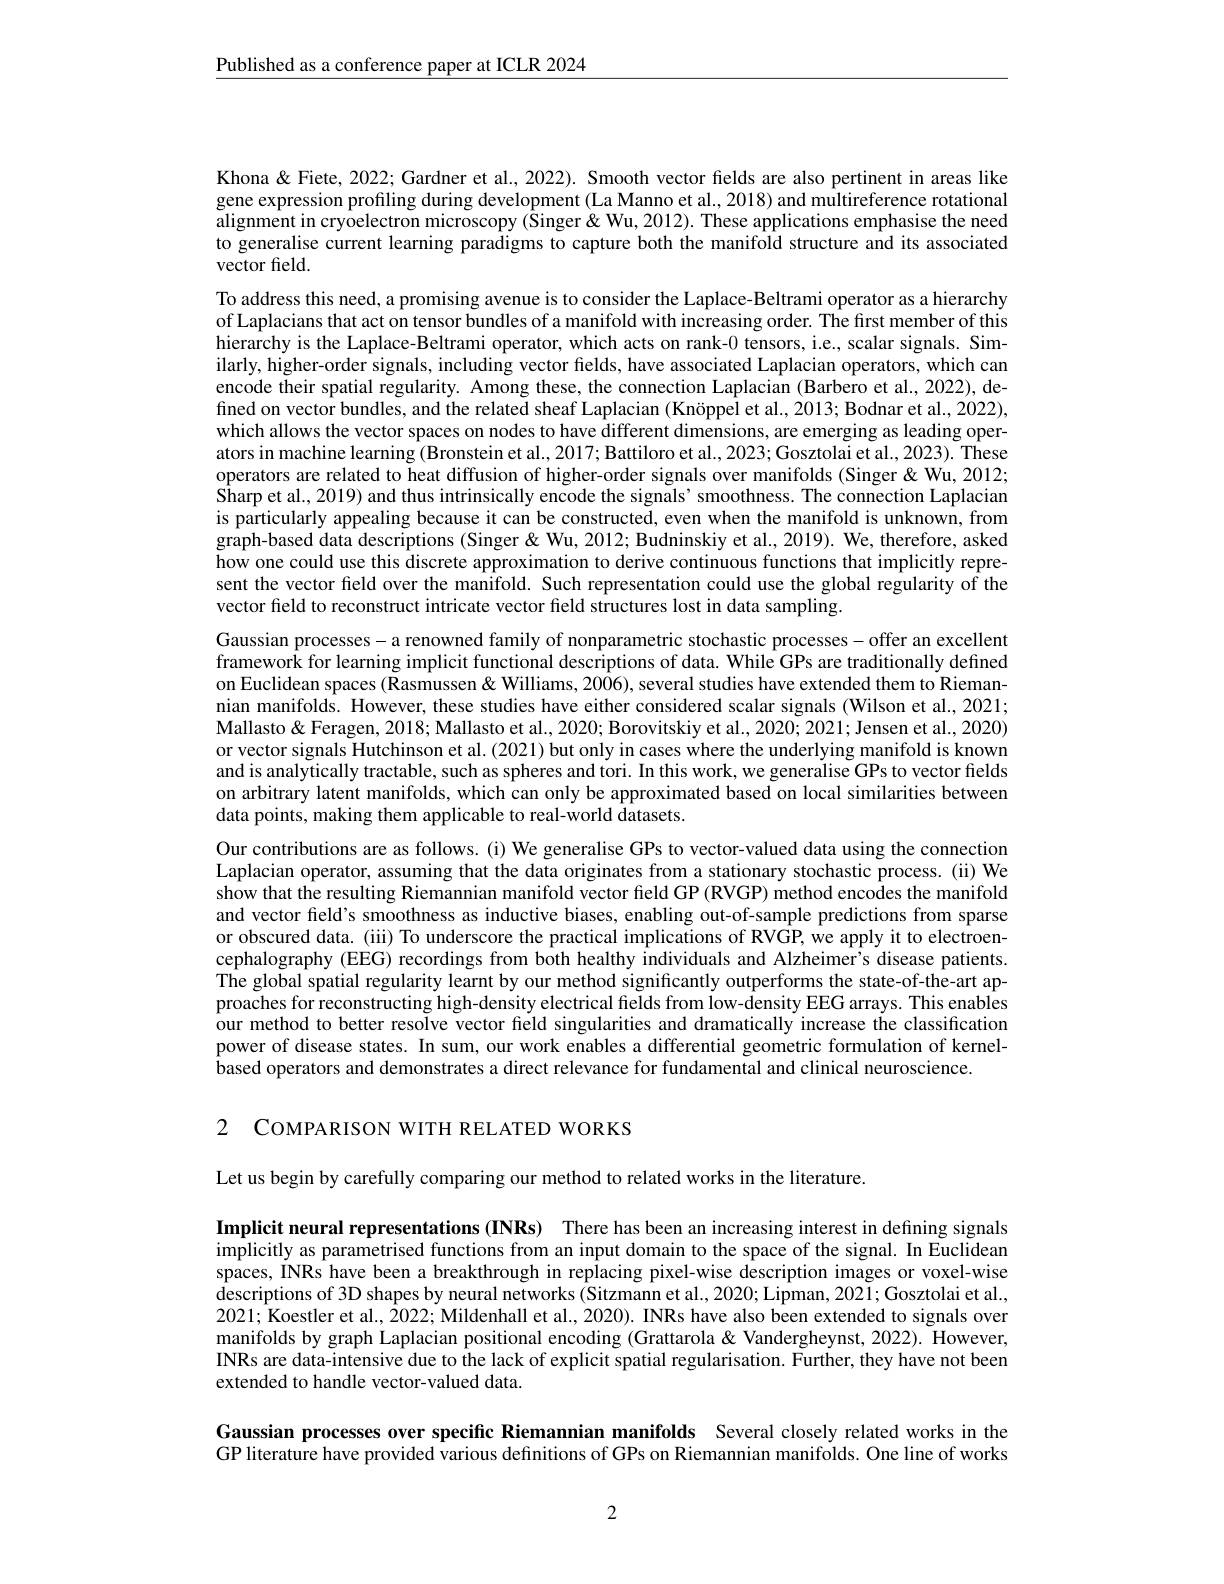
$\underline{\text{Published as a conference paper at ICLR 2024}}$

Khona & Fiete, 2022; Gardner et al., 2022). Smooth vector fields are also pertinent in areas like gene expression profiling during development (La Manno et al., 2018) and multireference rotational alignment in cryoelectron microscopy (Šinger&Wu,2012). These applications emphasise the need to generalise current learning paradigms to capture both the manifold structure and its associated vector feld.

To address this need, a promising avenue is to consider the Laplace-Beltrami operator as a hierarchy of Laplacians that act on tensor bundles of a manifold with increasing order. The first member of this $\hat{\text{hierarchy is the Laplace-Beltrami operator, which acts on rank-0 tensors, i.e., scalar signals. Sim-}}$ ilarly, higher-order signals, including vector fields, have associated Laplacian operators, which can encode their spatial regularity. Among these, the connection Laplacian (Barbero et al.,2022), defined on vector bundles, and the related sheaf Laplacian (Knöppel et al., 2013; Bodnar et al., 2022), which allows the vector spaces on nodes to have different dimensions, are emerging as leading operators in machine learning (Bronstein et al., 2017; Battiloro et al., 2023; Gosztolai et al., 2023). These operators are related to heat diffusion of higher-order signals over manifolds (Singer & Wu, 2012; Sharp et al., 2019) and thus intrinsically encode the signals' smoothness. The connection Laplacian is particularly appealing because it can be constructed, even when the manifold is unknown, from graph-based data descriptions (Singer&Wu,2012; Budninskiy et al., 2019). We, therefore, asked how one could use this discrete approximation to derive continuous functions that implicitly represent the vector field over the manifold. Such representation could use the global regularity of the vector field to reconstruct intricate vector field structures lost in data sampling.

Gaussian processes- a renowned family of nonparametric stochastic processes- offer an excellent framework for learning implicit functional descriptions of data. While GPs are traditionally defined on Euclidean spaces (Rasmussen& Williams, 2006), several studies have extended them to Riemannian manifolds. However, these studies have either considered scalar signals (Wilson et al., 2021; Mallasto& Feragen, 2018; Mallasto et al., 2020; Borovitskiy et al., 2020; 2021; Jensen et al., 2020) or vector signals Hutchinson et al. (2021) but only in cases where the underlying manifold is known and is analytically tractable, such as spheres and tori. In this work, we generalise GPs to vector fields on arbitrary latent manifolds, which can only be approximated based on local similarities between data points, making them applicable to real-world datasets.
Our contributions are as follows. (i) We generalise GPs to vector-valued data using the connection Laplacian operator, assuming that the data originates from a stationary stochastic process. (ii) We show that the resulting Riemannian manifold vector field GP (RVGP) method encodes the manifold and vector field's smoothness as inductive biases, enabling out-of-sample predictions from sparse or obscured data. (iii) To underscore the practical implications of RVGP,we apply it to electroencephalography (EEG) recordings from both healthy individuals and Alzheimer's disease patients The global spatial regularity learnt by our method significantly outperforms the state-of-the-art approaches for reconstructing high-density electrical fields from low-density EEG arrays. This enables our method to better resolve vector field singularities and dramatically increase the classification power of disease states. In sum, our work enables a differential geometric formulation of kernelbased operators and demonstrates a direct relevance for fundamental and clinical neuroscience.

2 COMPARISON WITH RELATED WORKS

Let us begin by carefully comparing our method to related works in the literature.

Implicit neural representations (INRs) There has been an increasing interest in defining signals implicitly as parametrised functions from an input domain to the space of the signal. In Euclidean spaces, INRs have been a breakthrough in replacing pixel-wise description images or voxel-wise descriptions of 3D shapes by neural networks (Sitzmann et al., 2020; Lipman, 2021; Gosztolai et al., 2021; $\hat{\text{Koestler et al., 2022; Mildenhall et al., 2020). INRs have also been extended to signals over}}$ manifolds by graph Laplacian positional encoding (Grattarola & Vandergheynst, 2022). However, INRs are data-intensive due to the lack of explicit spatial regularisation. Further, they have not been extended to handle vector-valued data.

Gaussian processes over specific Riemannian manifolds Several closely related works in the GP literature have provided various definitions of GPs on Riemannian manifolds. One line of works

2